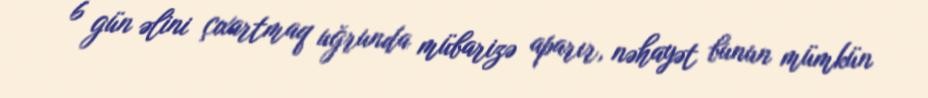
6 gün əlini çıxartmaq uğrunda mübarizə aparır, nəhayət bunun mümkün